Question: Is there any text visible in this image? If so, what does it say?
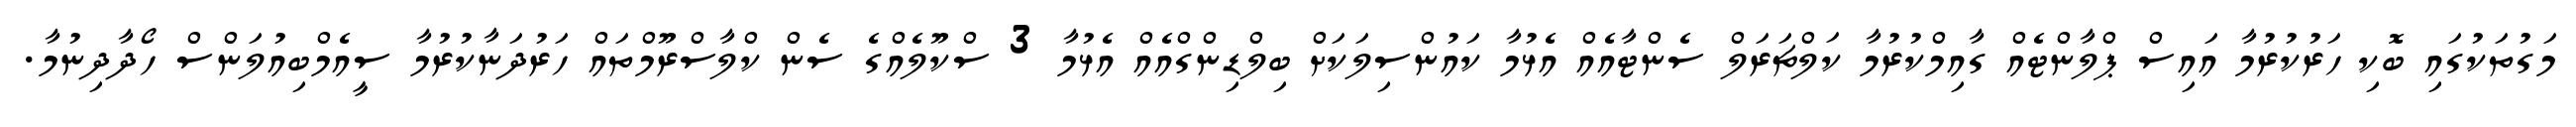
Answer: މަގުތަކުގައި ބޮކި ހަރުކުރުމާ އައިސް ޕްލާންޓެއް ގާއިމްކުރުމާ ކަލްޗަރަލް ސެންޓާއެއް އެޅުމާ ކައުންސިލަކަށް ބިލްޑިންގްއެއް އެޅުމާ 3 ސްކޫލެއްގެ ސެން ކްލާސްރޫމްތައް ހަރުދަނާކުރުމާ ސީއެމްބިއުލަންސް ހޯދާދިނުމާ.